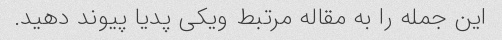
این جمله را به مقاله مرتبط ویکی پدیا پیوند دهید.